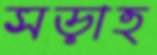
সড়াত্